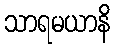
သာရမယာနိ